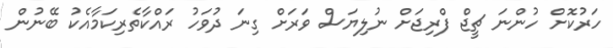
ހަރުކޮށް ހުންނަ ޗީޖް ފްރިޖަށް ނުލިޔަސް ވަރަށް ގިނަ ދުވަހު ރައްކާތެރިކަމާއެކު ބޭނުން